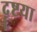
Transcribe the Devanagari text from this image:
दॄष्टया